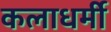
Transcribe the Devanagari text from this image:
कलाधर्मी